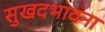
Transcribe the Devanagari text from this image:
सुखदभावना